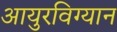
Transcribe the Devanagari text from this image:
आयुरविग्यान